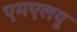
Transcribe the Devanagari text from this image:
एमएलयू